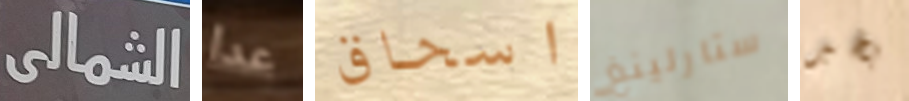
الشمالى عدا اسحاق ستارلينغ بخير